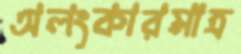
অলংকারমাত্র